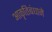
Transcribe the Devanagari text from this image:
आकृतिबंधाने